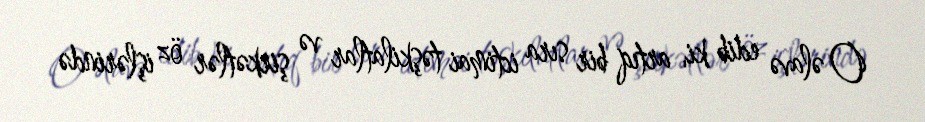
O əlavə edib ki, artıq bir sıra ictimai təşkilatlar və şirkətlər öz işlərində